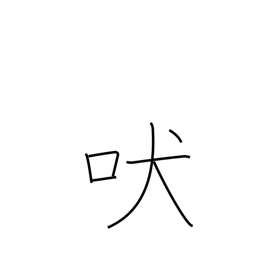
Meaning: howl